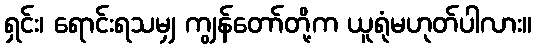
ရှင်း၊ ရောင်းရသမျှ ကျွန်တော်တို့က ယူရုံမဟုတ်ပါလား။